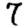
Digit: 7